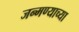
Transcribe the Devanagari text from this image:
जन्मण्याच्या